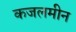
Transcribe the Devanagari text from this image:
कजलमीन